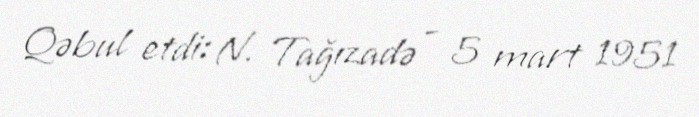
Qəbul etdi: N. Tağızadə - 5 mart 1951